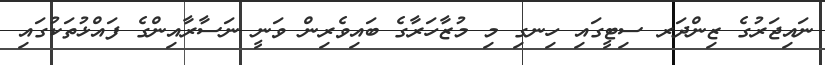
ނައިޖަރުގެ ޒިންދަރ ސިޓީގައި ހިނގި މި މުޒާހަރާގެ ބައިވެރިން ވަނީ ނަސާރާއިންގެ ފައްޅުތަކުގައި